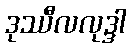
ဒုဿီလလုဒ္ဒါ